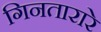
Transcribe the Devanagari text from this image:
गिनतारारे